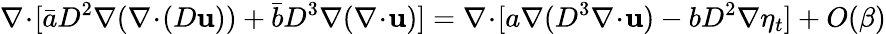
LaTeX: \nabla\! \cdot\! [\bar{a}D^{2}\nabla(\nabla\! \cdot\! (D\mathbf{u}))+\bar{b}D^{3}\nabla(\nabla\! \cdot\! \mathbf{u})]=\nabla\! \cdot\! [a\nabla(D^{3}\nabla\! \cdot\! \mathbf{u})-bD^{2}\nabla\eta_{t}]+O(\beta)